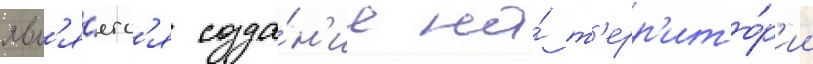
явл'я́етс'я созда́н'ие на́ т'ерр'ито́р'ии